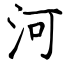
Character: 河